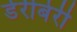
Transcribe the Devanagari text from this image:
डेरीबेरी